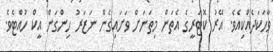
ވާހަކަދެއްކިއެވެ. އޭރު ކޮޓަރީގެ އެތަން މިތަނަށް ވަށައިގެން ނަޒަރު ހިންގަން އީކް ހުއްޓެވެ.